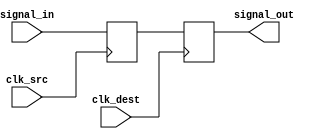
module dual_ff_synchronizer (
    input wire clk_src,        // Source clock
    input wire clk_dest,       // Destination clock
    input wire signal_in,      // Input signal to be synchronized
    output reg signal_out       // Synchronized output signal
);

// Internal register for the first flip-flop
reg signal_stage1;

// First flip-flop: samples the input signal on the rising edge of the source clock
always @(posedge clk_src) begin
    signal_stage1 <= signal_in; // Capture input signal
end

// Second flip-flop: samples the output of the first flip-flop on the rising edge of the destination clock
always @(posedge clk_dest) begin
    signal_out <= signal_stage1; // Output the synchronized signal
end

endmodule